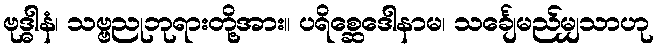
ဗုဒ္ဓါနံ၊ သဗ္ဗညုဘုရားတို့အား။ ပရိစ္ဆေဒေါနာမ၊ သင်္ချေမည်မျှသာဟု